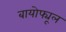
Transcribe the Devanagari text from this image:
बायोफ्यूल